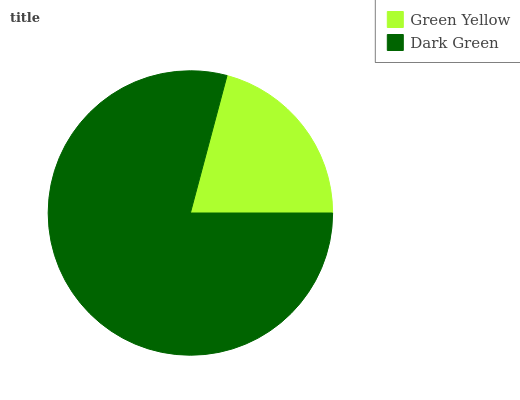
| Green Yellow | Dark Green |
 | --- | --- |
 | 20.9% | 79.1% |